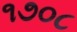
૧૭૦૮